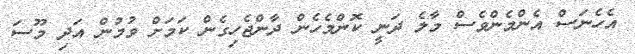
އެހެނަސް އެންމެންވެސް މާލެ ދަނީ ކޮންމެހެން ދާންޖެހިގެން ކަމަށް ވުމުން އަދި މޫސަ